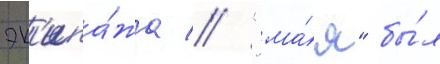
эк'ипа́жа // "ма́я" бы́л